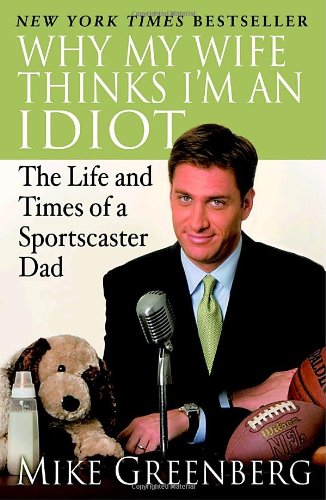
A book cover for Why My Wife Thinks I'm an Idiot: The Life and Times of a Sportscaster Dad; Mike Greenberg; Humor & Entertainment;